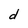
Character: d